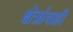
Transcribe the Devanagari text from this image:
क्षेत्रांचाही